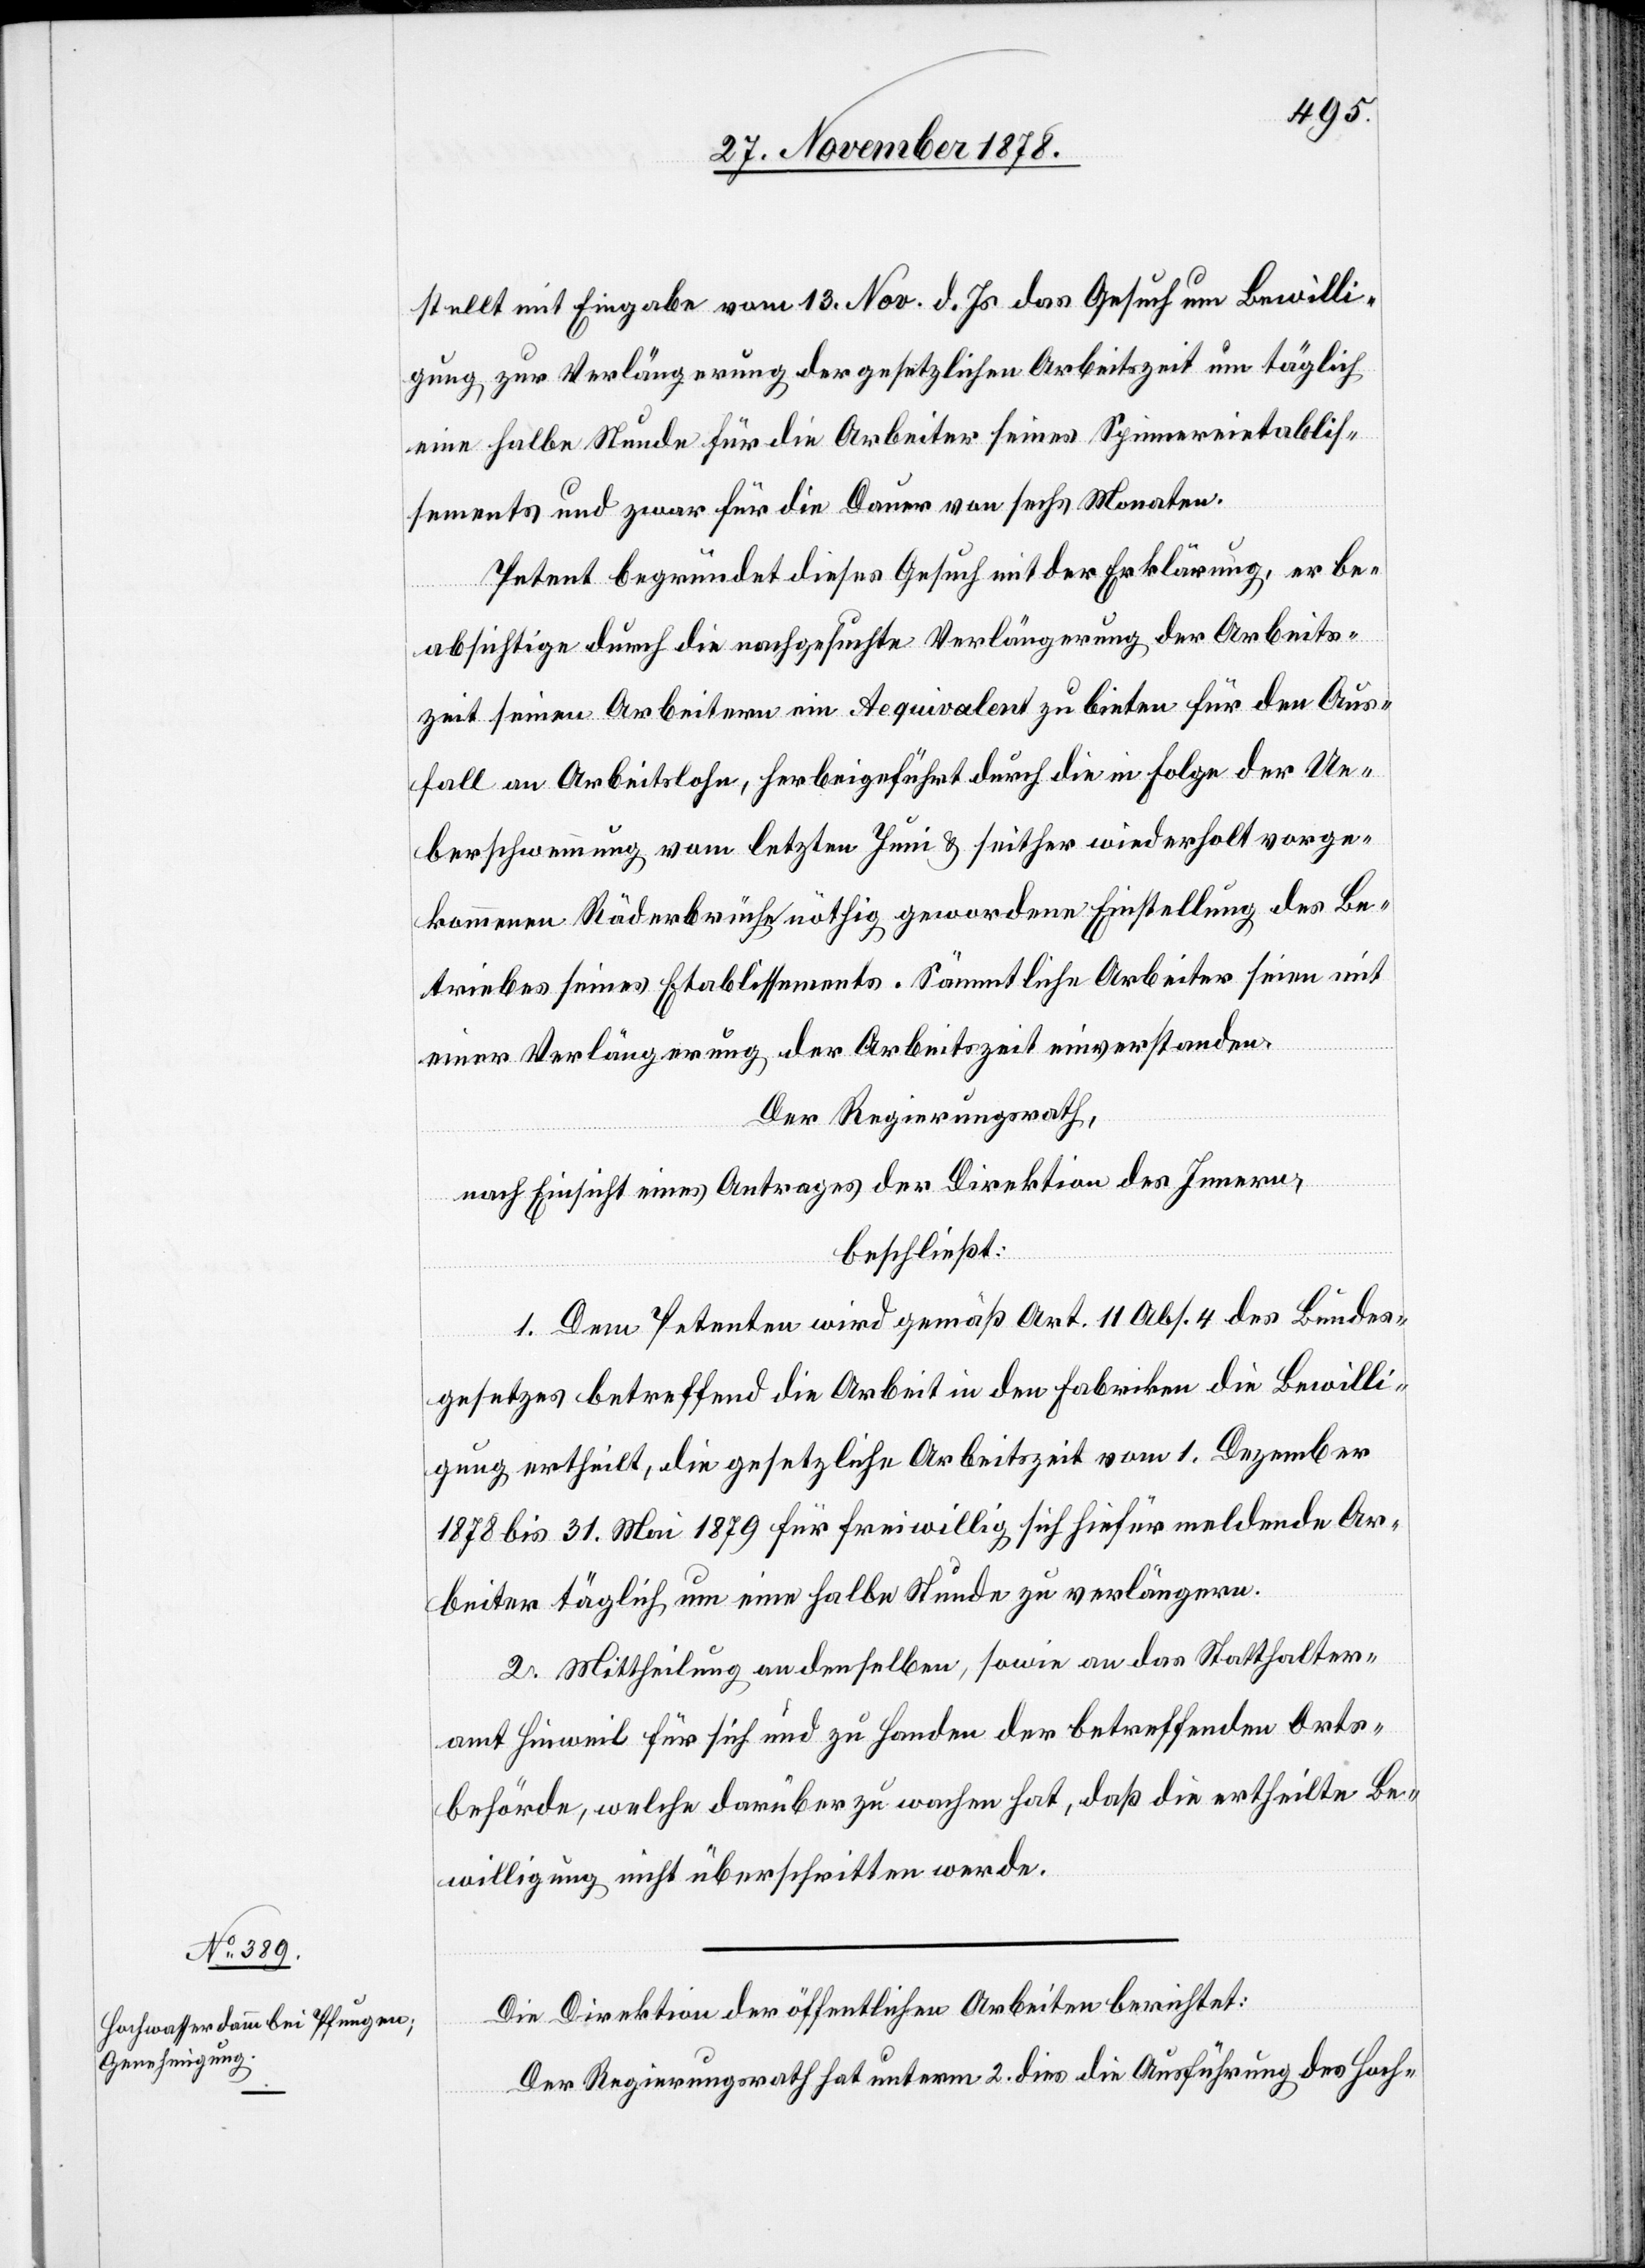
stellt mit Eingabe vom 13. Nov. d. Js. das Gesuch um Bewilli¬
gung zur Verlängerung der gesetzlichen Arbeitszeit um täglich
eine halbe Stunde für die Arbeiter seines Spinnereietablis¬
sements und zwar für die Dauer von sechs Monaten.
Petent begründet dieses Gesuch mit der Erklärung, er be¬
absichtige durch die nachgesuchte Verlängerung der Arbeits¬
zeit seinen Arbeitern ein Aequivalent zu bieten für den Aus¬
fall an Arbeitslohn, herbeigeführt durch die in Folge der Ue¬
berschwemmung vom letzten Juni & seither wiederholt vorge¬
kommene Räderbrüche nöthig gewordene Einstellung des Be¬
triebes seines Etablissements. Sämmtliche Arbeiter seien mit
einer Verlängerung der Arbeitszeit einverstanden.
Der Regierungsrath,
nach Einsicht eines Antrages der Direktion des Innern,
beschließt:
1. Dem Petenten wird gemäß Art. 11 Abs. 4 des Bundes¬
gesetzes betreffend die Arbeit in den Fabriken die Bewilli¬
gung ertheilt, die gesetzliche Arbeitszeit vom 1. Dezember
1878 bis 31. Mai 1879 für freiwillig sich hiefür meldende Ar¬
beiter täglich um eine halbe Stunde zu verlängern.
2. Mittheilung an denselben, sowie an das Statthalter¬
amt Hinweil für sich und zu Handen der betreffenden Orts¬
behörde, welche darüber zu wachen hat, daß die ertheilte Be¬
willigung nicht überschritten werde.
Die Direktion der öffentlichen Arbeiten berichtet:
Der Regierungsrath hat unterm 2. dies die Ausführung des Hoch-